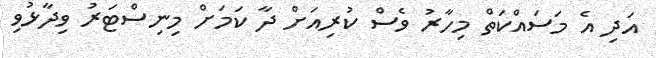
އަދި އެ މަސައްކަތް މިހާރު ވެސް ކުރިއަށް ދާ ކަމަށް މިނިސްޓަރު ވިދާޅުވި